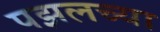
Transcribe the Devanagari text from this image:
पझलच्या